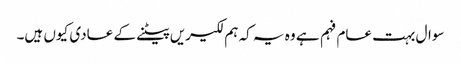
سوال بہت عام فہم ہے وہ یہ کہ ہم لکیریں پیٹنے کے عادی کیوں ہیں۔